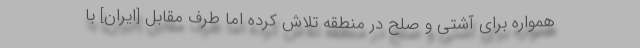
همواره برای آشتی و صلح در منطقه تلاش کرده اما طرف مقابل [ایران] با